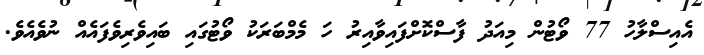
އެއިސްލާހު 77 ވޯޓުން މިއަދު ފާސްކޮށްފައިވާއިރު ހަ މެމްބަރަކު ވޯޓުގައި ބައިވެރިވެފައެއް ނުވެއެވެ.